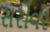
સરોવર